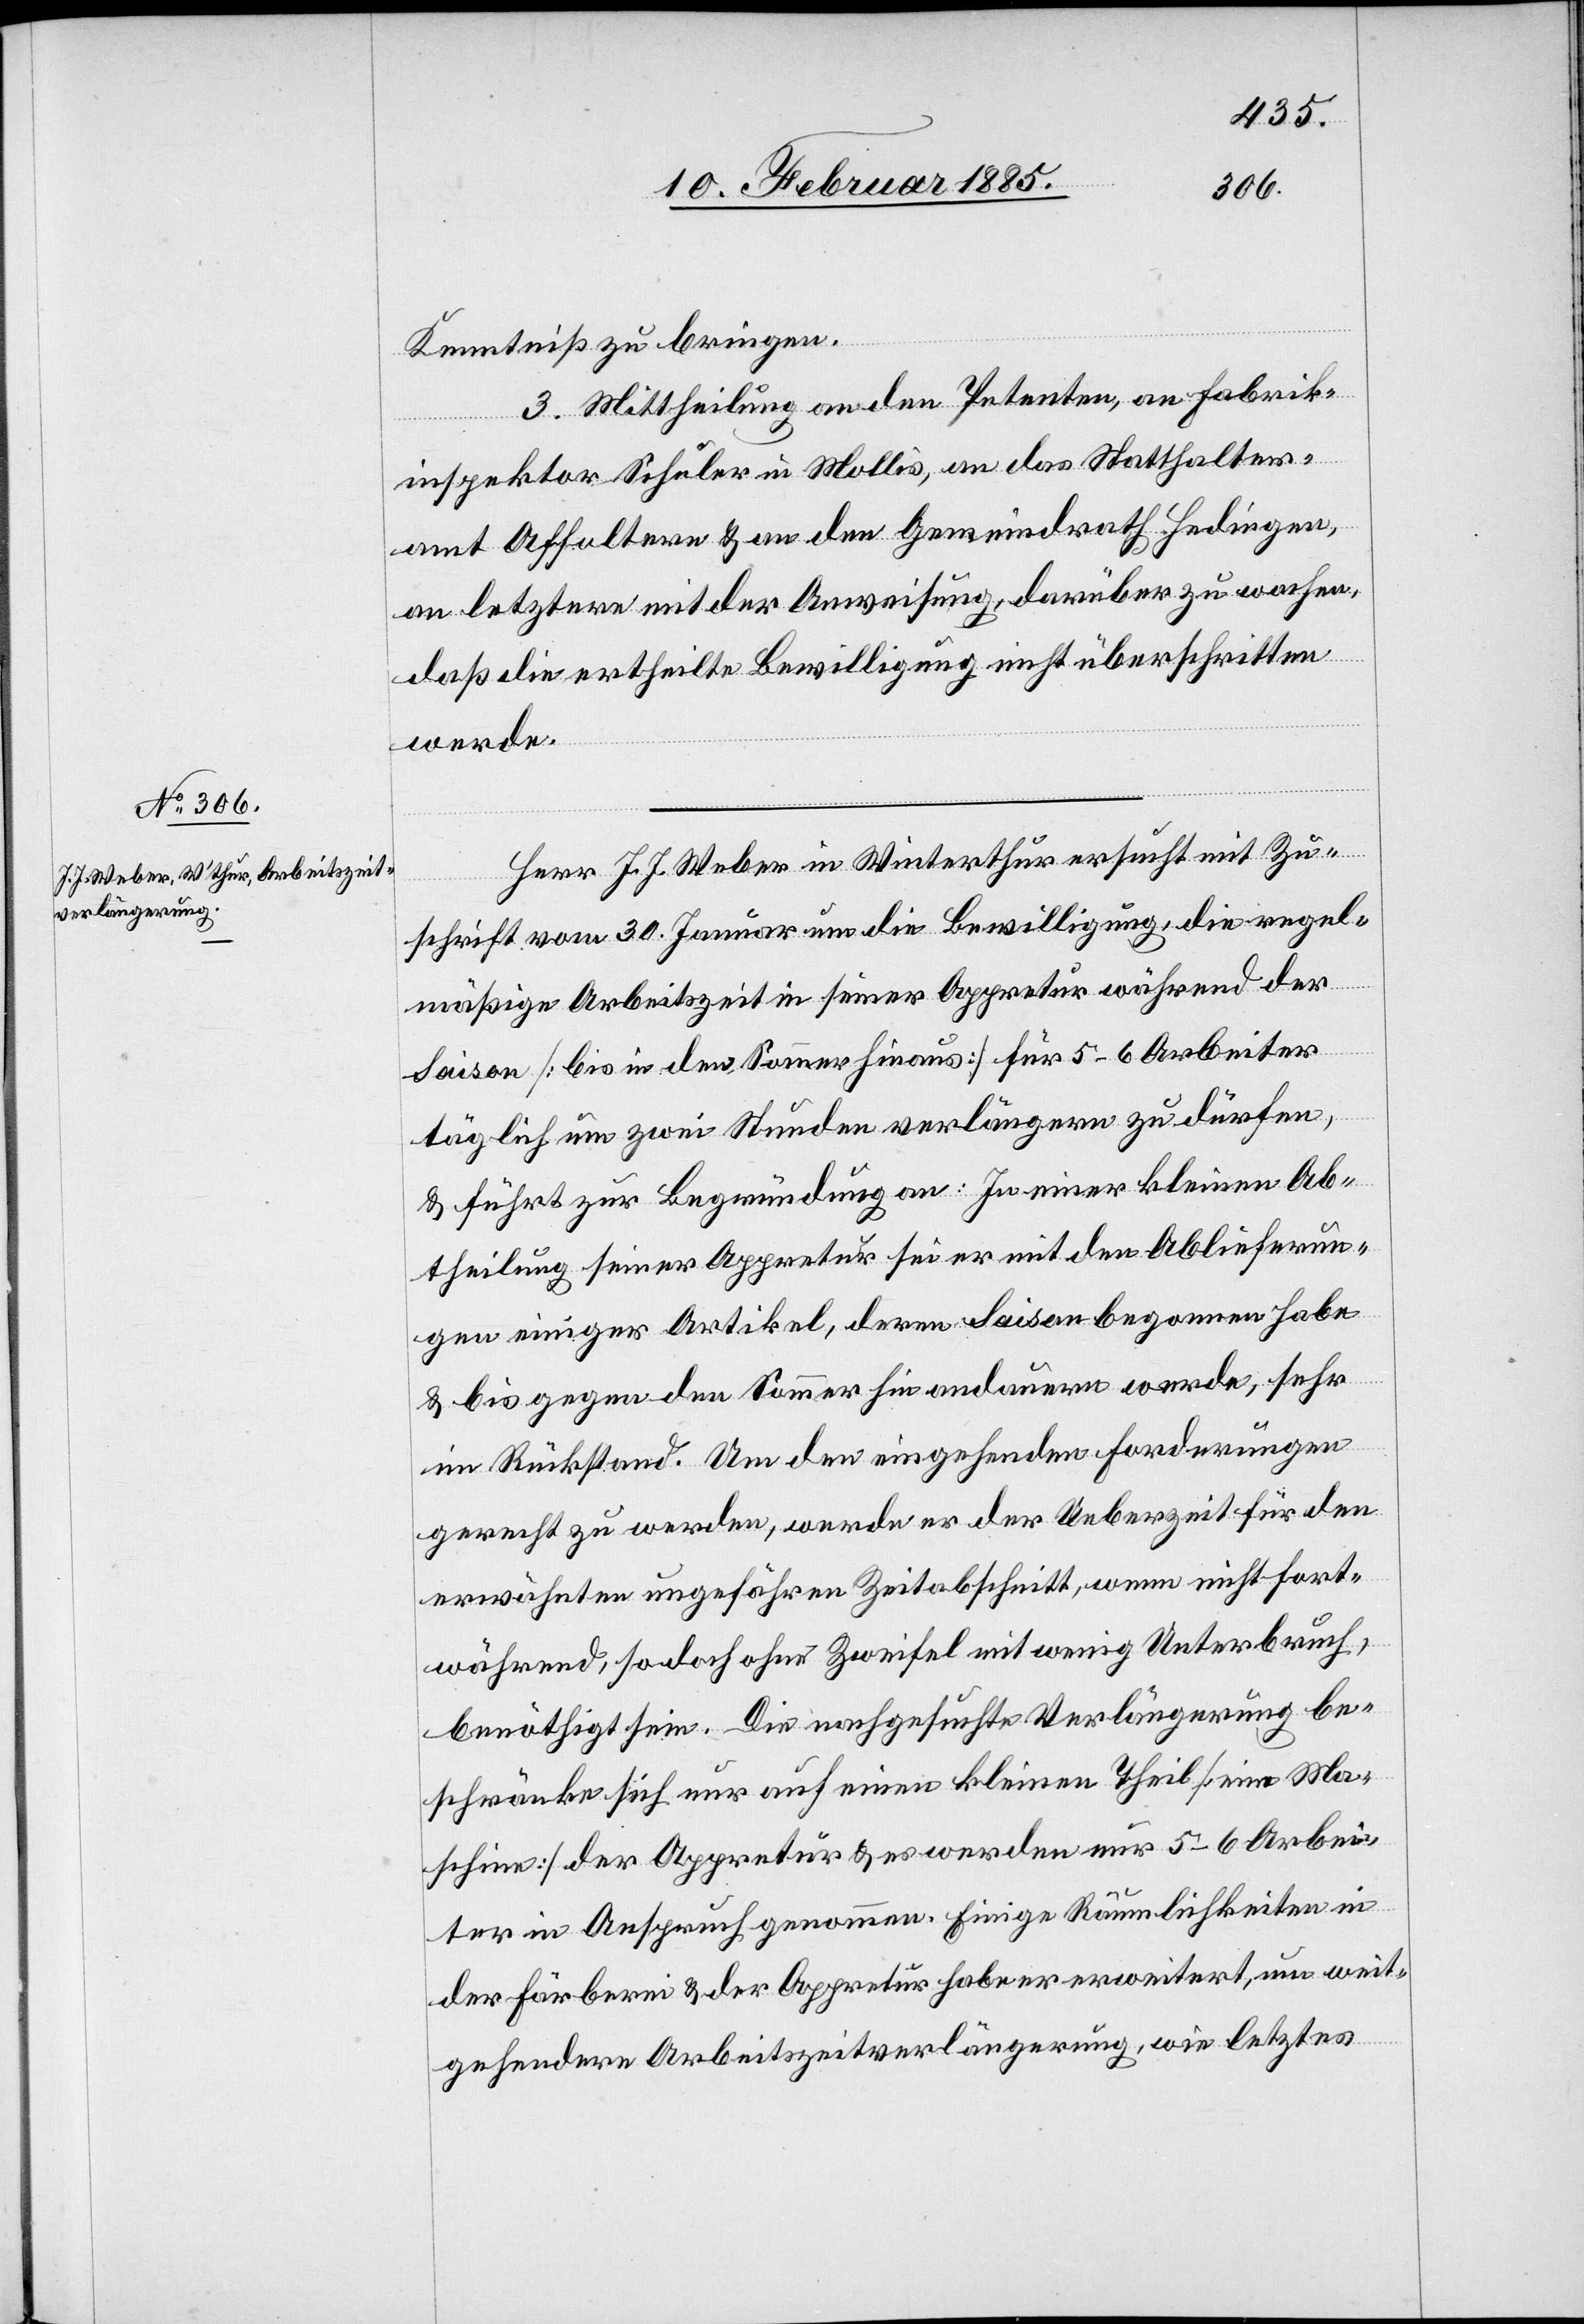
Kenntniß zu bringen.
3. Mittheilung an den Petenten, an Fabrik¬
inspektor Schuler in Mollis, an das Statthalter¬
amt Affoltern & an den Gemeindrath Hedingen,
an letztere mit der Anweisung, darüber zu wachen,
daß die ertheilte Bewilligung nicht überschritten
werde.
Herr J. J. Weber in Winterthur ersucht mit Zu¬
schrift vom 30. Januar um die Bewilligung, die regel¬
mäßige Arbeitszeit in seiner Appretur während der
Saison [bis in den Sommer hinaus] für 5–6 Arbeiter
täglich um zwei Stunden verlängern zu dürfen,
& führt zur Begründung an: in einer kleinen Ab¬
theilung seiner Appretur sei er mit den Ablieferun¬
gen einiger Artikel, deren Saison begonnen habe
& bis gegen den Sommer hin andauern werde, sehr
im Rückstand. Um den eingehenden Forderungen
gerecht zu werden, werde er der Ueberzeit für den
erwähnten ungefähren Zeitabschnitt, wenn nicht fort¬
während, so doch ohne Zweifel mit wenig Unterbruch,
benöthigt sein. Die nachgesuchte Verlängerung be¬
schränke sich nur auf einen kleinen Theil [eine Ma¬
schine] der Appretur & es werden nur 5–6 Arbei¬
ter in Anspruch genommen. Einige Räumlichkeiten in
der Färberei & der Appretur habe er erweitert, um weit¬
gehendere Arbeitszeitverlängerung, wie letztes